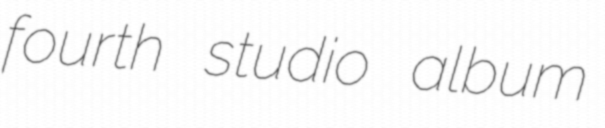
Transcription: fourth studio album